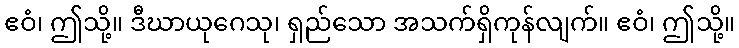
ဧဝံ၊ ဤသို့။ ဒီဃာယုဂေသု၊ ရှည်သော အသက်ရှိကုန်လျက်။ ဧဝံ၊ ဤသို့။